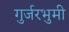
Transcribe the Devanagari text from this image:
गुर्जरभुमी